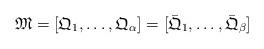
LaTeX: \begin{align*}\mathfrak{M} = [\mathfrak{Q}_{1}, \dots, \mathfrak{Q}_{\alpha}] = [\bar{\mathfrak{Q}}_{1}, \dots, \bar{\mathfrak{Q}}_{\beta}]\end{align*}